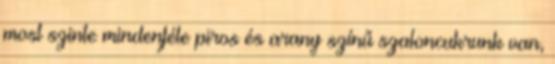
most szinte mindenféle piros és arany színű szaloncukrunk van,